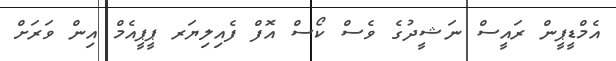
އެމްޑީޕީން ރައީސް ނަޝީދުގެ ވެސް ކޯސް އޮފް ފެއިލިޔަރ ޕީޕީއެމް އިން ވަރަށް